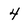
Character: 4